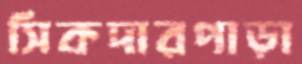
সিকদারপাড়া